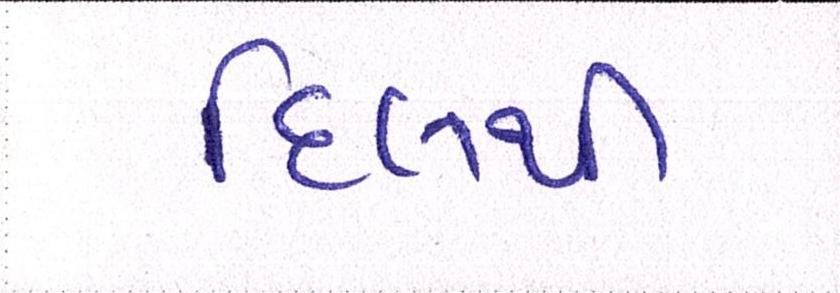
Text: દિલથી